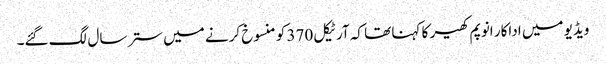
ویڈیو میں اداکار انوپم کھیر کا کہنا تھا کہ آرٹیکل 370 کو منسوخ کرنے میں ستر سال لگ گئے۔